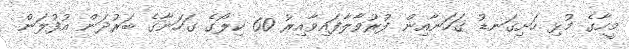
މީހާގެ މުޅި ހަށިގަނޑު ގަހަނާއިން ފުރުވާލާފައިވާއިރު 60 ކިލޯގެ ގަހަނާގެ ބަރުދަން އުފުލަން